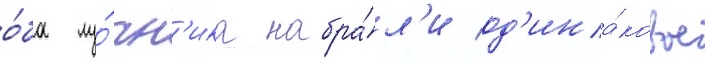
о́ба лу́чн'ика набра́л'и од'ина́ковое